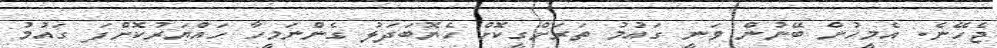
ޖެހޭނެ. އެމީހުން ބޭނުން ވަނީ ގައުމު ތަރަށްގީކޮށް ހެޔޮބަދަލު ގެންނަމީހާ ހައްޔަރުކޮށްފަ ގައުމު